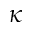
\kappa